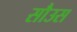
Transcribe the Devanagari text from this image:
सौउस